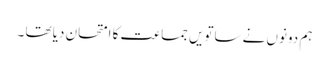
ہم دونوں نے ساتویں جماعت کا امتحان دیا تھا ۔